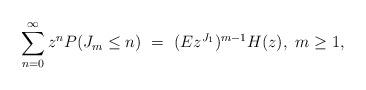
LaTeX: \begin{align*} \sum_{n=0}^\infty z^n P(J_m \le n) \ = \ (E z^{J_1} )^{m-1} H(z),~m\ge 1,\end{align*}